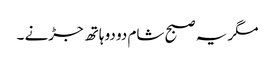
مگر یہ صبح شام دو دو ہاتھ جڑنے ۔